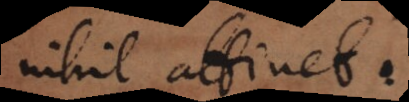
nihil attinet.